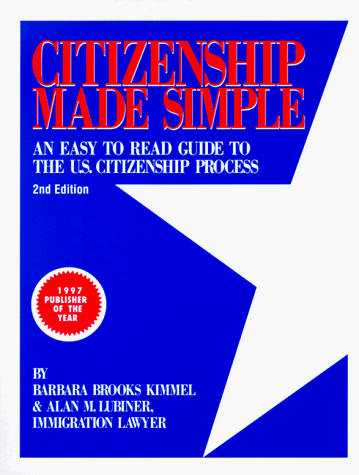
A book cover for Citizenship Made Simple: An Easy to Read Guide to the U.S. Citizenship Process; Barbara Brooks Kimmel; Test Preparation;